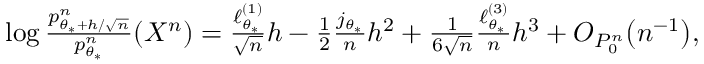
\begin{array} { r } { \log \frac { p _ { \theta _ { * } + h / \sqrt { n } } ^ { n } } { p _ { \theta _ { * } } ^ { n } } ( X ^ { n } ) = \frac { \ell _ { \theta _ { * } } ^ { ( 1 ) } } { \sqrt { n } } h - \frac { 1 } { 2 } \frac { j _ { \theta _ { * } } } { n } h ^ { 2 } + \frac { 1 } { 6 \sqrt { n } } \frac { \ell _ { \theta _ { * } } ^ { ( 3 ) } } { n } h ^ { 3 } + O _ { P _ { 0 } ^ { n } } \big ( n ^ { - 1 } \big ) , } \end{array}